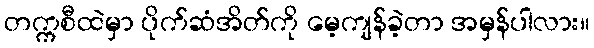
တက္ကစီထဲမှာ ပိုက်ဆံအိတ်ကို မေ့ကျန်ခဲ့တာ အမှန်ပါလား။